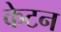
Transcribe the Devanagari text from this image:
केटन